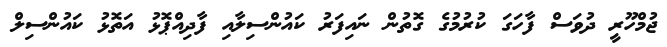
ޖުމްހޫރީ ދުވަސް ފާހަގަ ކުރުމުގެ ގޮތުން ނައިފަރު ކައުންސިލާއި ފާދިއްޕޮޅު އަތޮޅު ކައުންސިލް